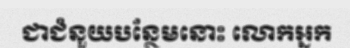
ជាជំនួយបន្ថែមនោះ លោកអ្នក